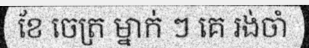
ខែ ចេត្រ ម្នាក់ ៗ គេ រង់ចាំ